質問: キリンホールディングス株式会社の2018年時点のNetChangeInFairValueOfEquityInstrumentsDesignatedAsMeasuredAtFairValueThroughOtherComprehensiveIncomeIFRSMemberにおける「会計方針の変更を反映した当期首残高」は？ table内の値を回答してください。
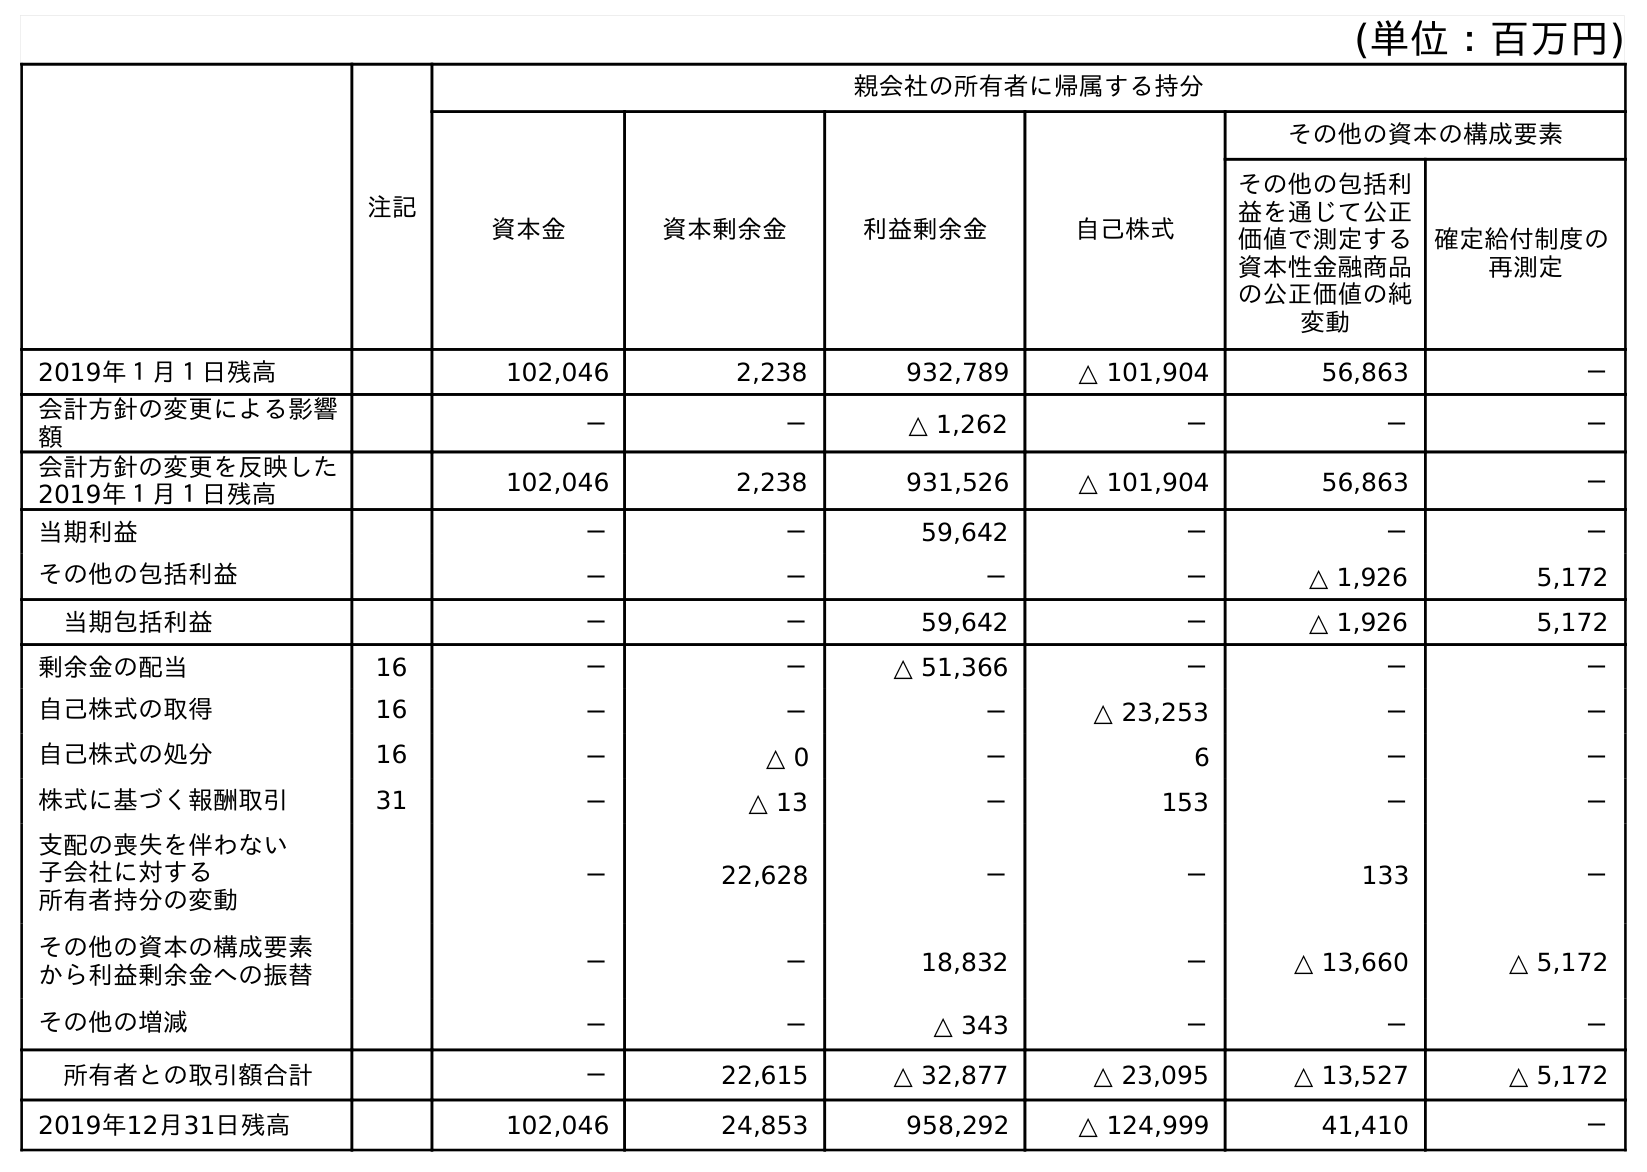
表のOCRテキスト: (単位：百万円) 注記 親会社の所有者に帰属する持分 資本金 資本剰余金 利益剰余金 自己株式 その他の資本の構成要素 その他の包括利 益を通じて公正 価値で測定する 資本性金融商品 の公正価値の純 変動 確定給付制度の 再測定 2019年１月１日残高 102,046 2,238 932,789 △ 101,904 56,863 － 会計方針の変更による影響 額 － － △ 1,262 － － － 会計方針の変更を反映した 2019年１月１日残高 102,046 2,238 931,526 △ 101,904 56,863 － 当期利益 － － 59,642 － － － その他の包括利益 － － － － △ 1,926 5,172 当期包括利益 － － 59,642 － △ 1,926 5,172 剰余金の配当 16 － － △ 51,366 － － － 自己株式の取得 16 － － － △ 23,253 － － 自己株式の処分 16 － △ 0 － 6 － － 株式に基づく報酬取引 31 － △ 13 － 153 － － 支配の喪失を伴わない 子会社に対する 所有者持分の変動 － 22,628 － － 133 － その他の資本の構成要素 から利益剰余金への振替 － － 18,832 － △ 13,660 △ 5,172 その他の増減 － － △ 343 － － － 所有者との取引額合計 － 22,615 △ 32,877 △ 23,095 △ 13,527 △ 5,172 2019年12月31日残高 102,046 24,853 958,292 △ 124,999 41,410 －
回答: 56,863